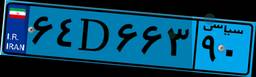
۹۵D۲۲۲۲۸